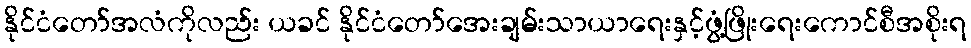
နိုင်ငံတော်အလံကိုလည်း ယခင် နိုင်ငံတော်အေးချမ်းသာယာရေးနှင့်ဖွံ့ဖြိုးရေးကောင်စီအစိုးရ